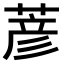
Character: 𫈱